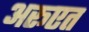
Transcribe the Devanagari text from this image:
अरूएत